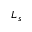
L _ { s }